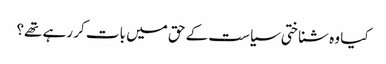
کیا وہ شناختی سیاست کے حق میں بات کر رہے تھے؟